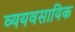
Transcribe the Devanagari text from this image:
व्ययवसायिक